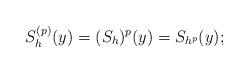
LaTeX: \begin{align*} S^{(p)}_h(y)=(S_h)^p(y)=S_{h^p}(y);\end{align*}